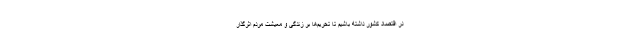
در اقتصاد کشور داشته باشیم تا تحریم‌ها بر زندگی و معیشت مردم اثرگذار